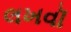
લખવૉ